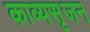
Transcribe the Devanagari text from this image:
काव्यसृजन